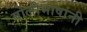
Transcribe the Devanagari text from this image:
बोलीभाषांनी